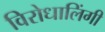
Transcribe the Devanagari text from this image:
विरोधालिंगी